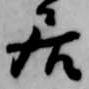
居